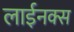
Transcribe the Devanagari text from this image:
लाईनक्स